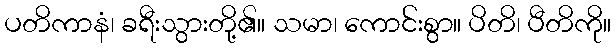
ပတိကာနံ၊ ခရီးသွားတို့၏။ သမာ၊ ကောင်းစွာ။ ပိတိ၊ ပီတိကို။